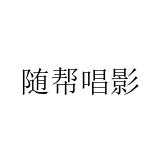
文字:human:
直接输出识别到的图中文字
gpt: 随帮唱影